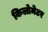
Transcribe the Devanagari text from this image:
किलोमेटर